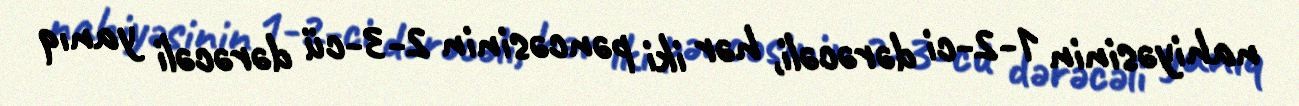
nahiyəsinin 1-2-ci dərəcəli, hər iki pəncəsinin 2-3-cü dərəcəli yanıq